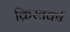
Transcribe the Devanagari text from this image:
क्रिस्तवर्ष